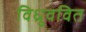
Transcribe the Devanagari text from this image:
विध्रुववित